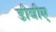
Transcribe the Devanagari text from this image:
डीबीए